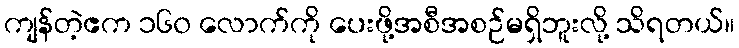
ကျန်တဲ့ဧက ၁၆၀ လောက်ကို ပေးဖို့အစီအစဉ်မရှိဘူးလို့ သိရတယ်။